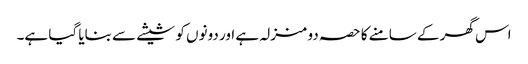
اس گھر کے سامنے کا حصہ دو منزلہ ہے اور دونوں کو شیشے سے بنایا گیا ہے۔